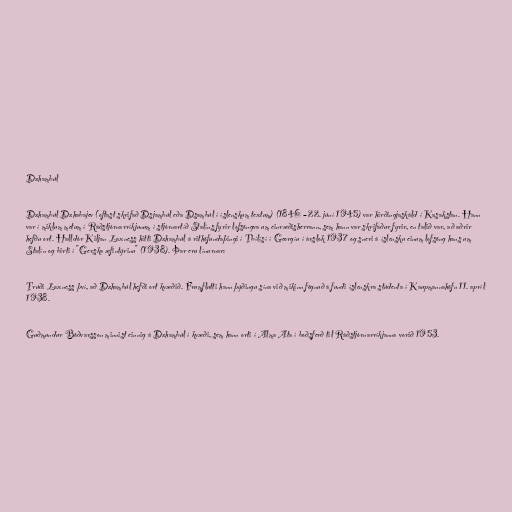
Dzhambúl

Dzhambúl Dzhabajev (oftast skrifað Dsjambúl eða Dsambúl í íslenskum textum) (1846 – 22. júní 1945) var hirðingjaskáld í Kasakstan. Hann
var í miklum metum í Ráðstjórnarríkjunum í stjórnartíð Stalíns fyrir lofsöngva um einræðisherrann, sem hann var skrifaður fyrir, en talið var, að aðrir
hefðu ort. Halldór Kiljan Laxness hitti Dzhambúl á rithöfundaþingi í Tbílísí í Georgíu í árslok 1937 og sneri á íslensku einum lofsöng hans um
Stalín og birti í "Gerska æfintýrinu" (1938). Þar eru línurnar:

Trúði Laxness því, að Dzhambúl hefði ort kvæðið. Frumflutti hann þýðingu sína við mikinn fögnuð á fundi íslenskra stúdenta í Kaupmannahöfn 11. apríl
1938.

Guðmundur Böðvarsson minnist einnig á Dzhambúl í kvæði, sem hann orti í Alma Ata í boðsferð til Ráðstjórnarríkjanna vorið 1953.